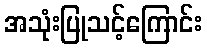
အသုံးပြုသင့်ကြောင်း